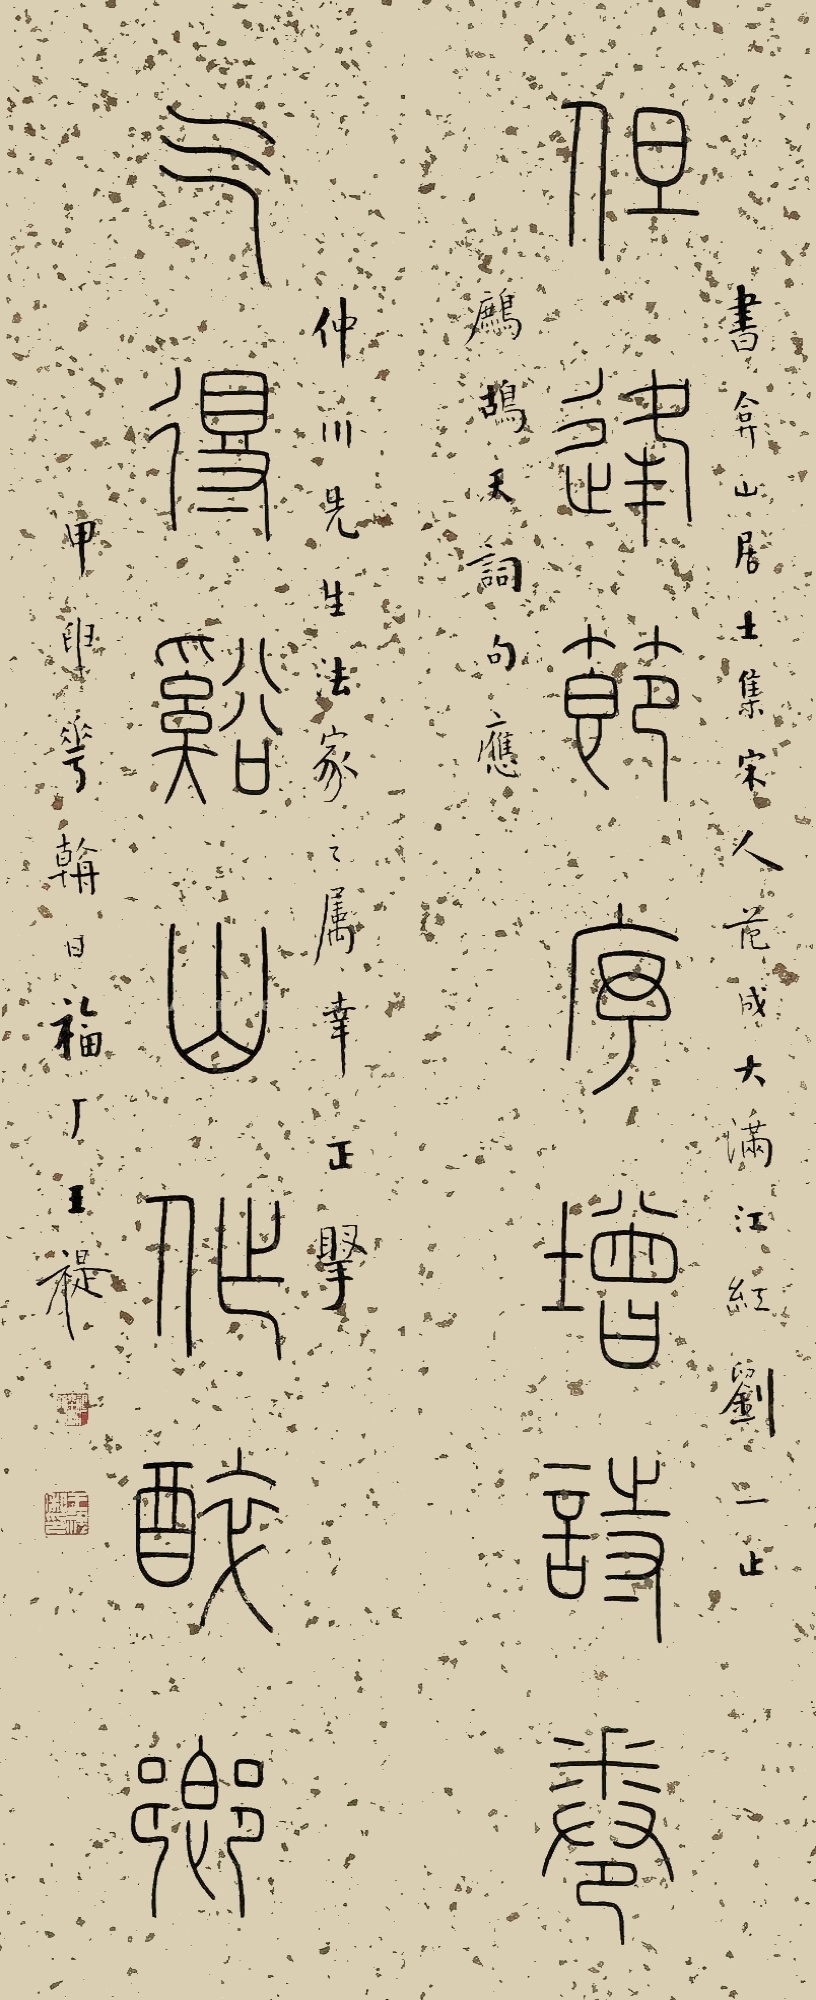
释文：但逢节序增诗卷，乞得谿山作醉乡。书弇山居士集宋人范成大满江红刘一止鹧鸪天词句，应仲川先生法家之属幸正腕。甲申花朝日，福厂王禔。